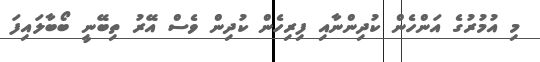
މި އުމުރުގެ އަންހެން ކުދިންނާއި ފިރިހެން ކުދިން ވެސް އޭރު ތިބޭނީ ބޯބާލައިފަ